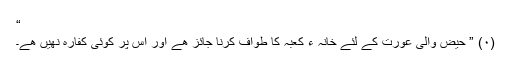
“
(۰) ” حیض والی عورت کے لئے خانہ ء کعبہ کا طواف کرنا جائز ھے اور اس پر کوئی کفارہ نھیں ھے۔